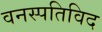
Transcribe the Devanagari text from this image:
वनस्पतिविद